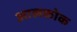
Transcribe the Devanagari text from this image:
आलकोक